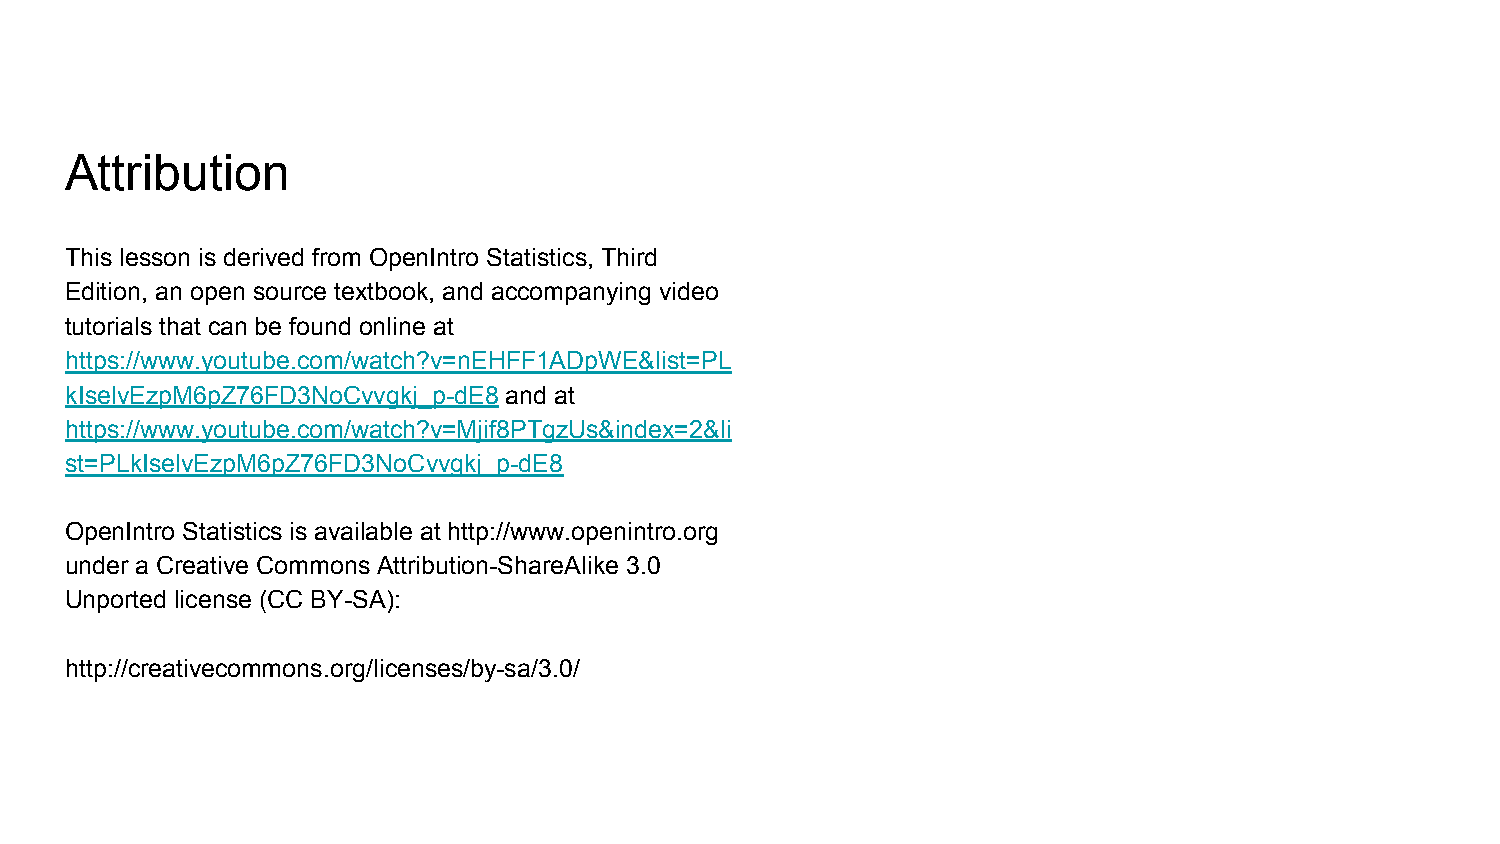
Attribution
 This lesson is derived from OpenIntro Statistics, Third
 Edition, an open source textbook, and accompanying video
 tutorials that can be found online at
 https://www.youtube.com/watch?v=nEHFF1ADpWE&list=PL
 kIselvEzpM6pZ76FD3NoCvvgkj_p-dE8 and at
 https://www.youtube.com/watch?v=Mjif8PTgzUs&index=2&li
 st=PLkIselvEzpM6pZ76FD3NoCvvgkj_p-dE8
 OpenIntro Statistics is available at http://www.openintro.org
 under a Creative Commons Attribution-ShareAlike 3.0
 Unported license (CC BY-SA):
 http://creativecommons.org/licenses/by-sa/3.0/